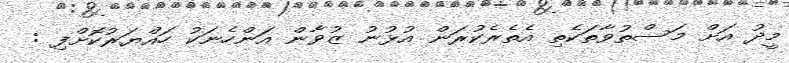
މީދު އަށް މަސްތުވާތަކެތި އެތެރެކުރަން އުޅުނު ޒުވާން އަންހެނަކު ހައްޔަރުކޮށްފި :